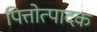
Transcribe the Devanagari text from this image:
पित्तोत्पादक